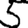
Digit: 5